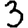
Digit: 3